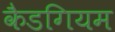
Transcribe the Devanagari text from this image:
कैडगियम